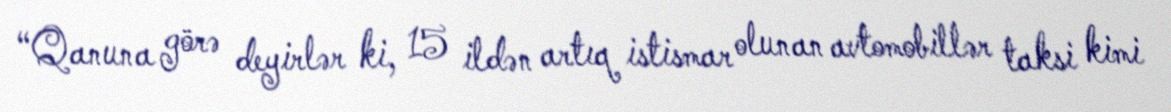
“Qanuna görə deyirlər ki, 15 ildən artıq istismar olunan avtomobillər taksi kimi